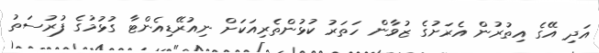
އަދި އޭގެ އިތުރުން އެރަށުގެ ޒުވާން ހަތަރު ކުޅުންތެރިއަކަށް ނިއުރޭޑިއެންޓާ ގުޅުމުގެ ފުރުސަތު